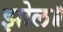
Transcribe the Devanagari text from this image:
झोल॥